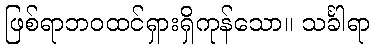
ဖြစ်ရာဘဝထင်ရှားရှိကုန်သော။ သင်္ခါရာ